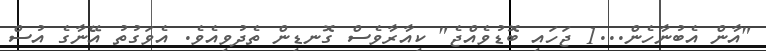
"އާން އެބުނާހެން...1 ޖަހައި ބޮޑުވެއްޖެ" ކިއާރާވެސް ގޮނޑިން ތެދުވިއެވެ. އެވަގުތު އޭނާގެ އުސް